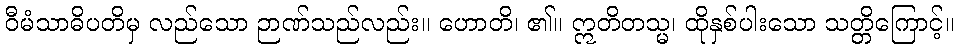
ဝီမံသာဓိပတိမှ လည်သော ဉာဏ်သည်လည်း။ ဟောတိ၊ ၏။ ဣတိတသ္မ၊ ထိုနှစ်ပါးသော သတ္တိကြောင့်။